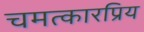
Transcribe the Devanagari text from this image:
चमत्कारप्रिय